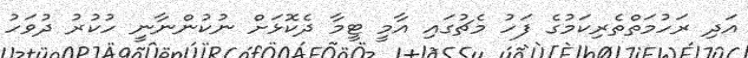
އަދި ރަހުމަތްތެރިކަމުގެ ފަހު މެޗުގައި އާމީ ޓީމާ ދެކޮޅަށް ނުކުންނާނީ ހުކުރު ދުވަހު